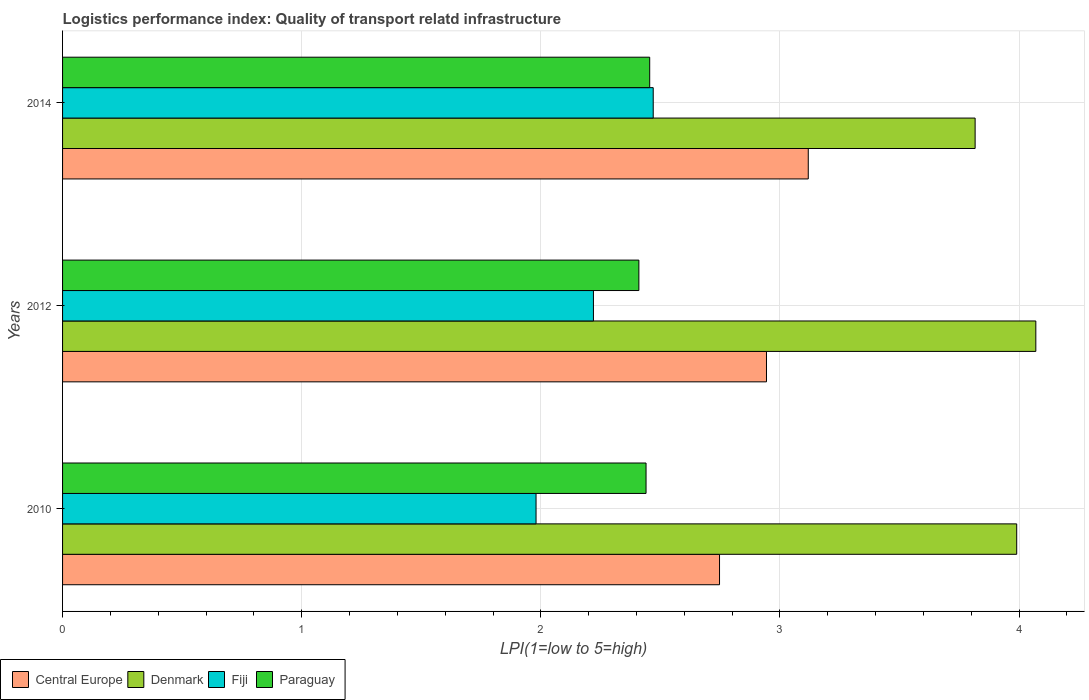
| Years | Central Europe | Denmark | Fiji | Paraguay |
 | --- | --- | --- | --- | --- |
 | 2010 | 2.75 | 3.99 | 1.98 | 2.44 |
 | 2012 | 2.94 | 4.07 | 2.22 | 2.41 |
 | 2014 | 3.12 | 3.82 | 2.47 | 2.46 |